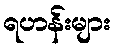
ရဟန်းများ